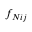
f _ { N i j }